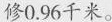
修0.96千米。